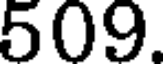
509.